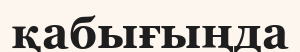
қабығыңда